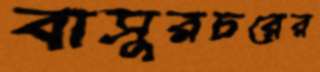
বাসুরচরের